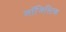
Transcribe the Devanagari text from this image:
लाॅजिस्टिक